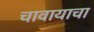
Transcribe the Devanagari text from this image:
चावायाचा